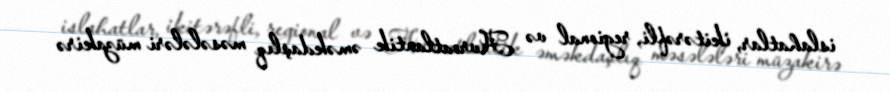
islahatlar, ikitərəfli, regional və Avroatlantik əməkdaşlıq məsələləri müzakirə